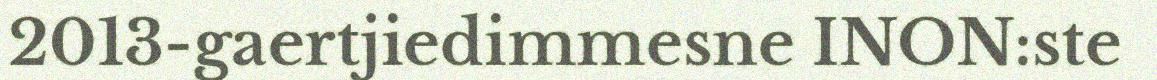
2013-gaertjiedimmesne INON:ste